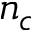
n _ { c }